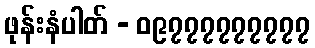
ဖုန်းနံပါတ် - ၀၉၇၇၇၇၇၇၇၇၇